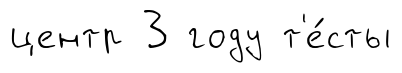
центр 3 году т'е́сты